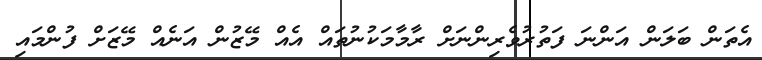
އެތަން ބަލަން އަންނަ ފަތުރުވެރިންނަށް ރާމާމަކުނުތައް އެއް މޭޒުން އަނެއް މޭޒަށް ފުންމައި